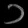
Digit: ၁